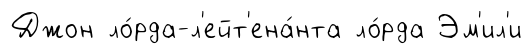
Джон ло́рда-л'ейт'ена́нта ло́рда Эм'ил'и